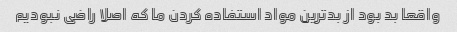
واقعا بد بود از بدترین مواد استفاده کردن ما که اصلا راضی نبودیم